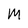
Character: M